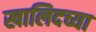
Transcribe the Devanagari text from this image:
खालिदच्या